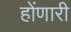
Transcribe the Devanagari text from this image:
होंणारी